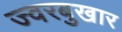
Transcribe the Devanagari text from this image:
ज्वरबुखार